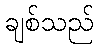
ချစ်သည်